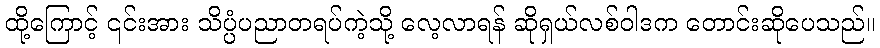
ထို့ကြောင့် ၎င်းအား သိပ္ပံပညာတရပ်ကဲ့သို့ လေ့လာရန် ဆိုရှယ်လစ်ဝါဒက တောင်းဆိုပေသည်။